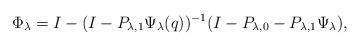
LaTeX: \begin{align*} \Phi_\lambda = I - (I- P_{\lambda,1} \Psi _\lambda (q))^{-1} (I-P_{\lambda,0} - P_{\lambda,1} \Psi _\lambda),\end{align*}